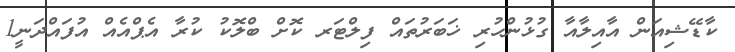
ކާޑޭޝިއަން އާއިލާއާ ގުޅުންހުރި ޚަބަރުތައް ފިލްޓަރ ކޮށް ބްލޮކު ކުރާ އެޕްއެއް އުފައްދަނީ1